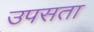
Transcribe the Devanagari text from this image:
उपसता